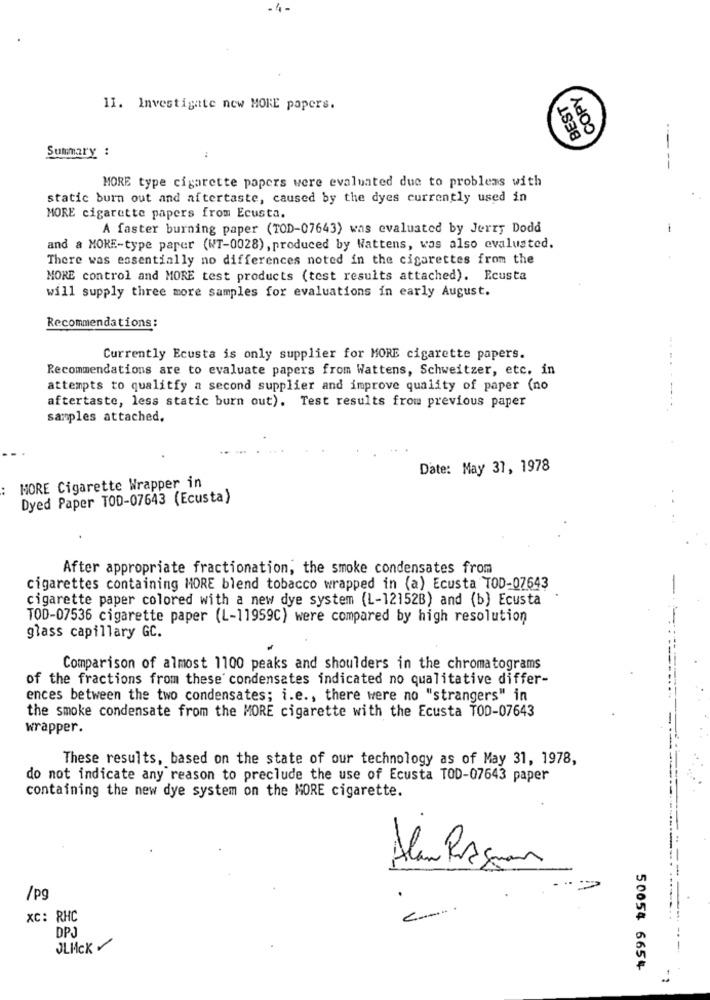
-4-
COPY
BEST
11. Investigate new MORE papers.
Summary :
-
--
MORE type cigarette papers were evaluated due to problems with
static burn out and aftertaste, caused by the dyes currently used in
MORE cigarette papers from Ecusta.
A faster burning paper (TOD-07643) was evaluated by Jerry Dodd
-
and a MORE-type paper (WT-0028), produced by Wattens, was also evaluated.
There was essentially no differences noted in the cigarettes from the
MORE control and MORE test products (test results attached). Ecusta
will supply three more samples for evaluations in early August.
Recommendations:
Currently Ecusta is only supplier for MORE cigarette papers.
Recommendations are to evaluate papers from Wattens, Schweitzer, etc. in
attempts to qualitfy a second supplier and improve quality of paper (no
------
aftertaste, less static burn out). Test results from previous paper
samples attached,
Date: May 37, 1978
MORE Cigarette Wrapper in
Dyed Paper TOD-07643 (Ecusta)
After appropriate fractionation, the smoke condensates from
cigarettes containing HORE blend tobacco wrapped in (a) Ecusta TOD-07643
cigarette paper colored with a new dye system (L-12152B) and (b) Ecusta
TOD-07536 cigarette paper (L-11959C) were compared by high resolution
glass capillary GC.
Comparison of almost 1100 peaks and shoulders in the chromatograms
of the fractions from these condensates indicated no qualitative differ-
ences between the two condensates; i.e ., there were no "strangers" in
the smoke condensate from the MORE cigarette with the Ecusta TOD-07643
wrapper.
These results, based on the state of our technology as of May 31, 1978,
do not indicate any reason to preclude the use of Ecusta TOD-07643 paper
containing the new dye system on the MORE cigarette.
Alam PASun
/pg
.
C ....
xC: RHC
DPJ
JLHCK
50054 6654